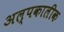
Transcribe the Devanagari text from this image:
अल्पकालीक